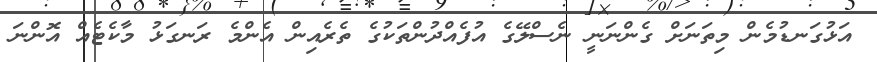
އަޅުގަނޑުމެން މިތަނަށް ގެންނަނީ ނެސްލޭގެ އުފެއްދުންތަކުގެ ތެރެއިން އެންމެ ރަނގަޅު މާކެޓެއް އޮންނަ